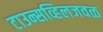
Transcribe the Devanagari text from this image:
टाउन्सव्हिलजवळ